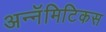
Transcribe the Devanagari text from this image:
अन्नॅमिटिकस